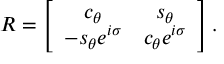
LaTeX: R = \left[ \begin{array} { c c } { { c _ { \theta } } } & { { s _ { \theta } } } \\ { { - s _ { \theta } e ^ { i \sigma } } } & { { c _ { \theta } e ^ { i \sigma } } } \end{array} \right] .